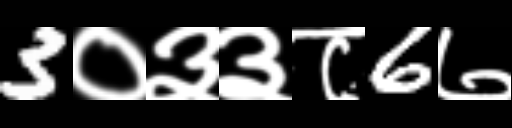
Text: 3०३३८6७